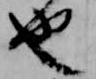
也